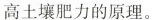
高土壤肥力的原理。